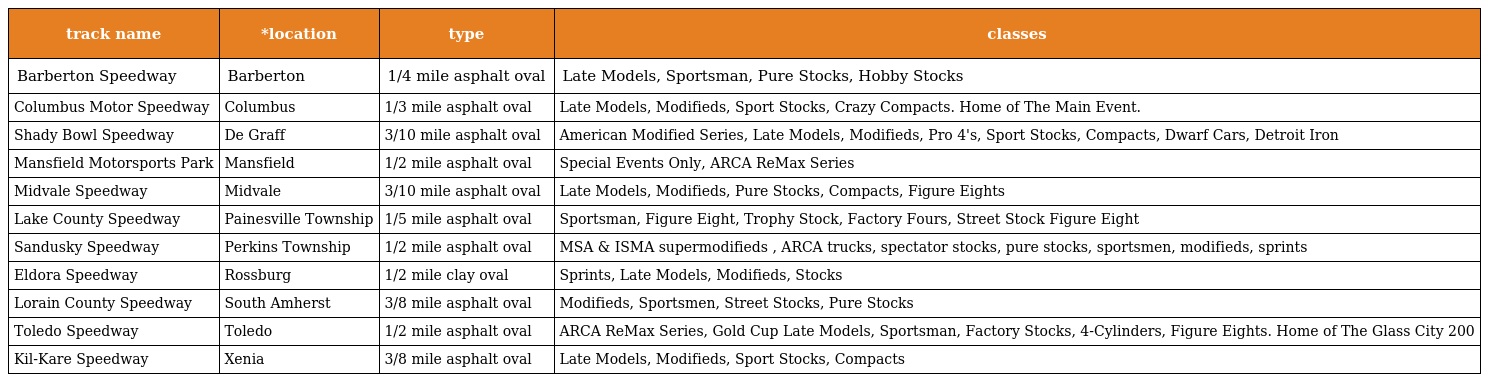
| track name | *location | type | classes |
 | --- | --- | --- | --- |
 | Barberton Speedway | Barberton | 1/4 mile asphalt oval | Late Models, Sportsman, Pure Stocks, Hobby Stocks |
 | Columbus Motor Speedway | Columbus | 1/3 mile asphalt oval | Late Models, Modifieds, Sport Stocks, Crazy Compacts. Home of The Main Event. |
 | Shady Bowl Speedway | De Graff | 3/10 mile asphalt oval | American Modified Series, Late Models, Modifieds, Pro 4's, Sport Stocks, Compacts, Dwarf Cars, Detroit Iron |
 | Mansfield Motorsports Park | Mansfield | 1/2 mile asphalt oval | Special Events Only, ARCA ReMax Series |
 | Midvale Speedway | Midvale | 3/10 mile asphalt oval | Late Models, Modifieds, Pure Stocks, Compacts, Figure Eights |
 | Lake County Speedway | Painesville Township | 1/5 mile asphalt oval | Sportsman, Figure Eight, Trophy Stock, Factory Fours, Street Stock Figure Eight |
 | Sandusky Speedway | Perkins Township | 1/2 mile asphalt oval | MSA & ISMA supermodifieds , ARCA trucks, spectator stocks, pure stocks, sportsmen, modifieds, sprints |
 | Eldora Speedway | Rossburg | 1/2 mile clay oval | Sprints, Late Models, Modifieds, Stocks |
 | Lorain County Speedway | South Amherst | 3/8 mile asphalt oval | Modifieds, Sportsmen, Street Stocks, Pure Stocks |
 | Toledo Speedway | Toledo | 1/2 mile asphalt oval | ARCA ReMax Series, Gold Cup Late Models, Sportsman, Factory Stocks, 4-Cylinders, Figure Eights. Home of The Glass City 200 |
 | Kil-Kare Speedway | Xenia | 3/8 mile asphalt oval | Late Models, Modifieds, Sport Stocks, Compacts |